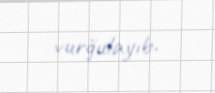
vurğulayıb.